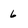
Character: 6